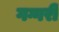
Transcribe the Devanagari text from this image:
गग्गरी